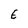
Character: E